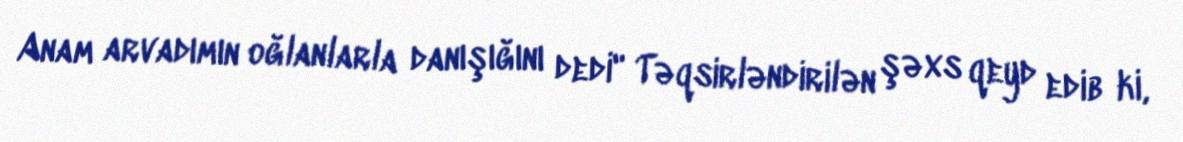
Anam arvadımın oğlanlarla danışığını dedi" Təqsirləndirilən şəxs qeyd edib ki,